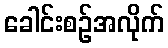
ခေါင်းစဉ်အလိုက်